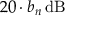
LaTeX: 2 0 \cdot b _ { n } \, \mathrm { d B }